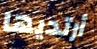
أرتديها